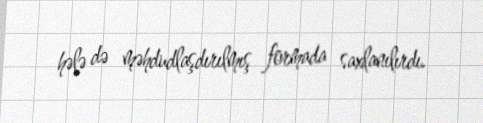
hələ də məhdudlaşdırılmış formada saxlanılırdı.